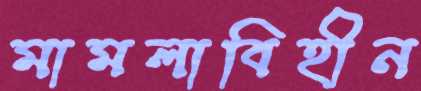
মামলাবিহীন